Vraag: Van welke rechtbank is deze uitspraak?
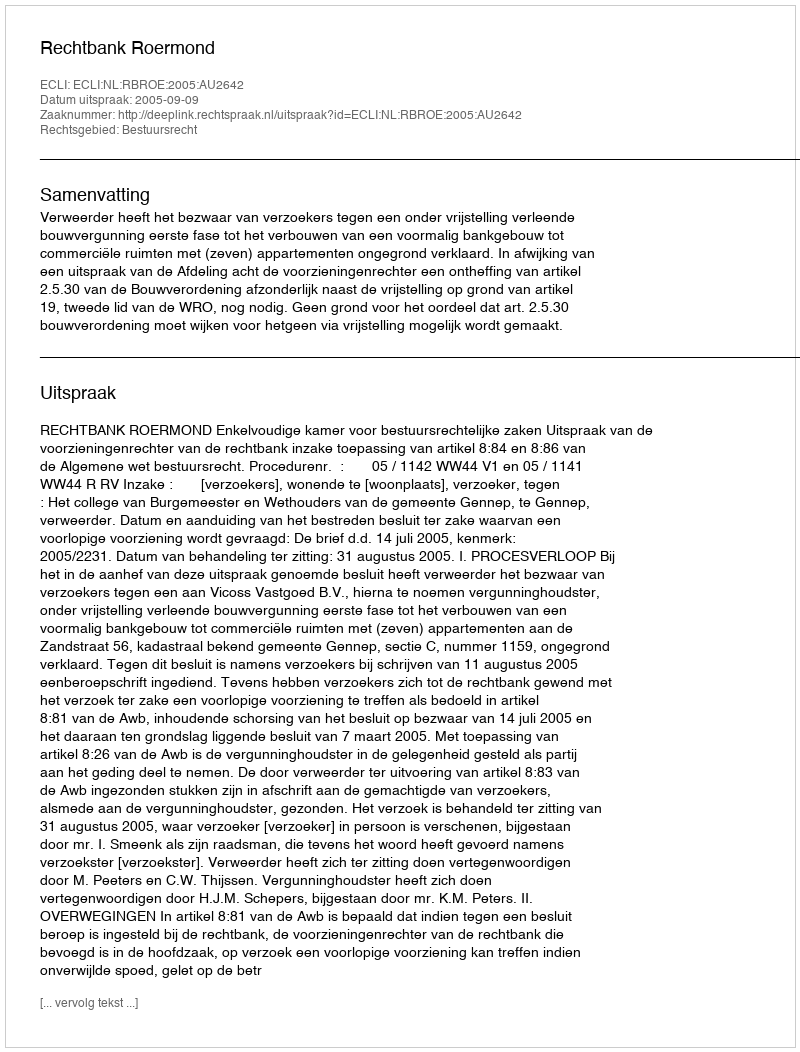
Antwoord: Rechtbank Roermond